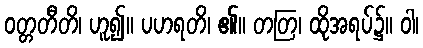
ဝတ္တတီတိ၊ ဟူ၍။ ပဟရတိ၊ ၏။ တတြ၊ ထိုအရပ်၌။ ဝါ၊